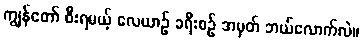
ကျွန်တော် စီးရမယ့် လေယာဉ် ခရီးစဉ် အမှတ် ဘယ်လောက်လဲ။